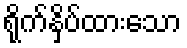
ရိုက်နှိပ်ထားသော